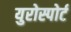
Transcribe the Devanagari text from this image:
युरोस्पोर्ट